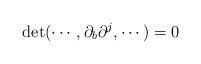
LaTeX: \begin{align*} \det(\cdots, \partial_b\partial^j, \cdots) = 0 \end{align*}